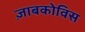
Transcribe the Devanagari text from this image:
ज़ाबकोविस